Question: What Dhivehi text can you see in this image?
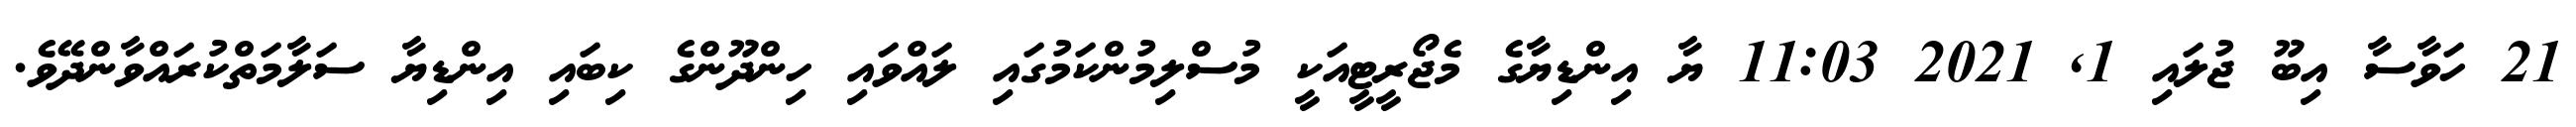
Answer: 21 ހަވާސާ އިބޫ ޖުލައި 1, 2021 11:03 ޔާ އިންޑިޔާގެ މެޖޯރީޓީއަކީ މުސްލިމުންކަމުގައި ލައްވައި ހިންދޫންގެ ކިބައި އިންޑިޔާ ސަލާމަތްކުރައްވާންދޭވެ.